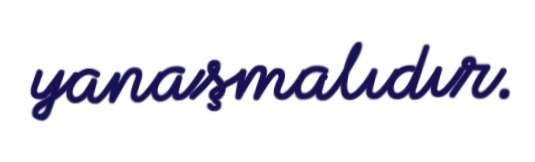
yanaşmalıdır.